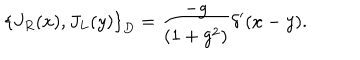
LaTeX: \left\{ J _ { R } ( x ) , J _ { L } ( y ) \right\} _ { D } = \frac { - g } { ( 1 + g ^ { 2 } ) } \delta ^ { \prime } ( x - y ) .